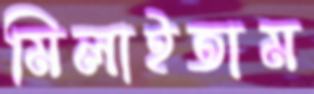
মিলাইতাম